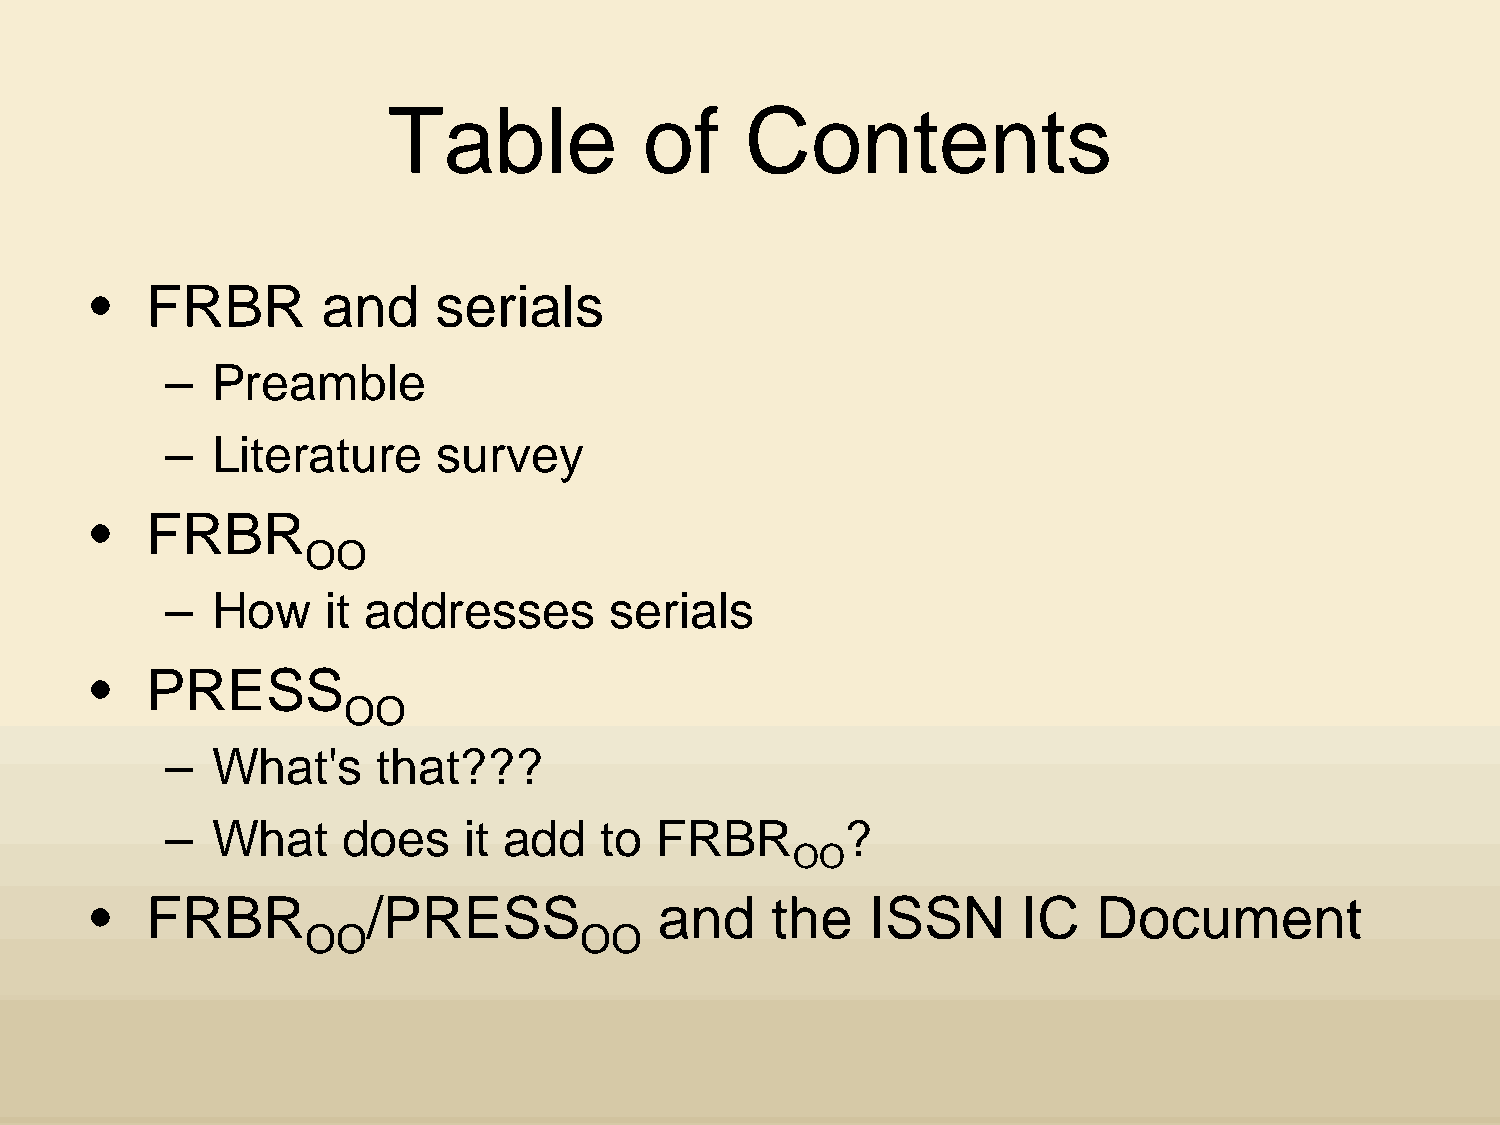
Table            of     Contents
 •   FRBR        and    serials
 –  Preamble
 –  Literature     survey
 •   FRBR
 OO
 –  How     it addresses       serials
 •   PRESS
 OO
 –  What's     that???
 –  What     does    it add   to  FRBR        ?
 OO
 •   FRBR           /PRESS             and    the    ISSN      IC   Document
 OO                OO